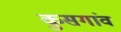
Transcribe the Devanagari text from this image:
कुसगांव